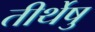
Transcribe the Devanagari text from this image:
तीर्थेषु